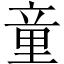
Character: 童